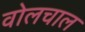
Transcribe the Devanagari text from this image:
वोलचाल